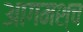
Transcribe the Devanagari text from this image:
आगमश्च